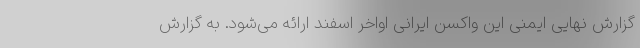
گزارش نهایی ایمنی این واکسن ایرانی اواخر اسفند ارائه می‌شود. به گزارش